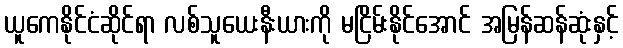
ယူကေနိုင်ငံဆိုင်ရာ လစ်သူယေးနီးယားကို မငြိမ်းနိုင်အောင် အမြန်ဆန်ဆုံးနှင့်